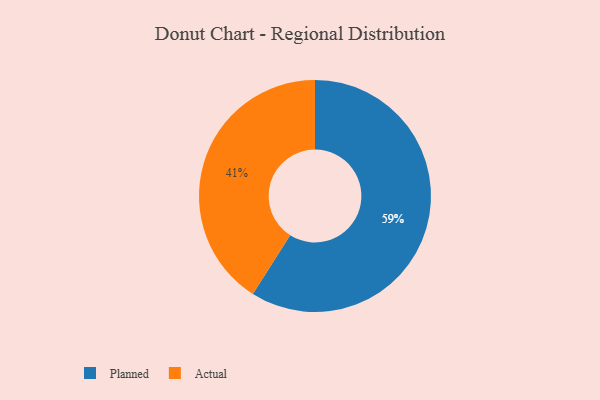
{"axis": {"x": "Category", "y": "Percentage"}, "legend": ["Actual", "Planned"], "data": [{"x": "Actual", "y": 41, "type": "Actual"}, {"x": "Planned", "y": 59, "type": "Planned"}]}